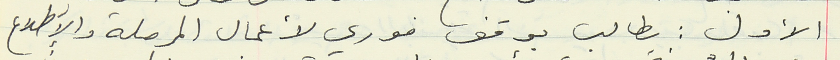
الأول : يطالب بوقف فوري لأعمال المرملة والأطلاع